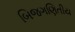
બિજગણિતીય